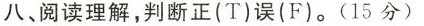
八、阅读理解,判断正(T)误(F).(15分)